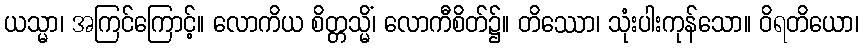
ယသ္မာ၊ အကြင်ကြောင့်။ လောကိယ စိတ္တသ္မိံ၊ လောကီစိတ်၌။ တိဿော၊ သုံးပါးကုန်သော။ ဝိရတိယော၊